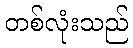
တစ်လုံးသည်